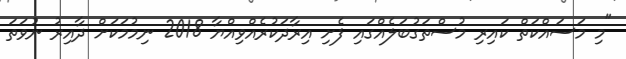
"މި މަސައްކަތް ކައިރި މުސްތަގުބަލެއްގައި ފެށި އިރާދަކުރެއްވިއްޔާ 2018 ނިމުމަކަށް ދާއިރު ނުވަތަ